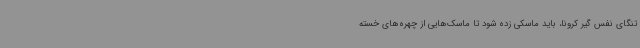
تنگای نفس گیر کرونا، باید ماسکی زده شود تا ماسک‌هایی از چهره‌های خسته